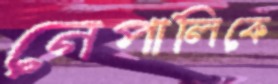
নেপালিকে